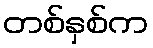
တစ်နှစ်က